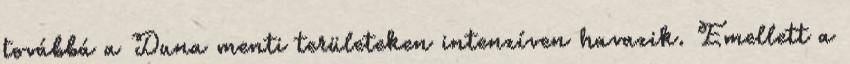
továbbá a Duna menti területeken intenzíven havazik. Emellett a